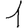
Digit: 1